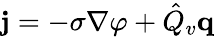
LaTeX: \mathbf{j}=-\sigma\nabla\varphi+\hat{Q}_{v}\mathbf{q}